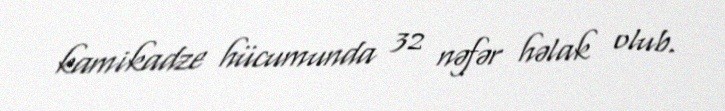
kamikadze hücumunda 32 nəfər həlak olub.